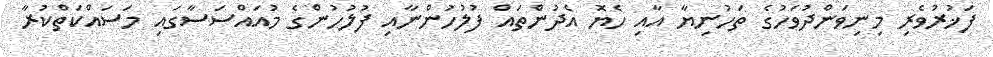
ފަޚުރުވެރި މިނިވަންދުވަހުގެ ތަހުނިޔާ އާއި ހެޔޮ އެދުންތައް ފުލުހުންނާއި ފުލުހުންގެ މުއައްސަސާގައި މަސައްކަތްކުރާ